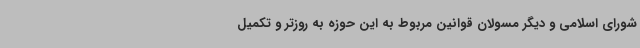
شورای اسلامی و دیگر مسولان قوانین مربوط به این حوزه به روزتر و تکمیل